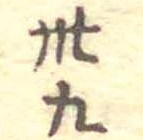
卅九